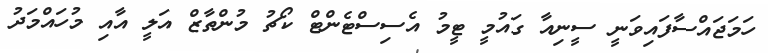
ހަމަޖައްސާފައިވަނީ ސީނިއާ ގައުމީ ޓީމު އެސިސްޓެންޓް ކޯޗު މުންތާޒް އަލީ އާއި މުހައްމަދު